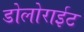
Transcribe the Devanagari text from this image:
डोलोराईट